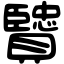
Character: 贒